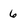
Character: 6